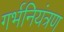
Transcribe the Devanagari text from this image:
गर्भनियंत्रण